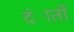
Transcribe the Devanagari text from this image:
दंातों